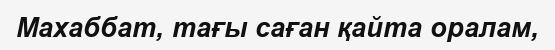
Махаббат, тағы саған қайта оралам,